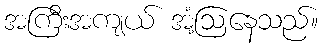
အကြီးအကျယ် အံ့ဩနေသည်။